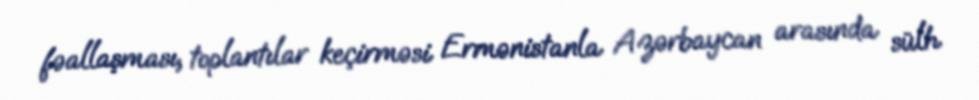
fəallaşması, toplantılar keçirməsi Ermənistanla Azərbaycan arasında sülh